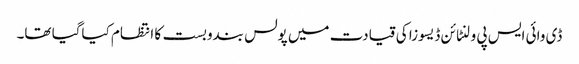
ڈی وائی ایس پی ولنٹائن ڈیسوزا کی قیادت میں پولس بندوبست کا انتظام کیاگیا تھا۔